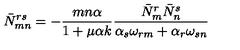
\bar { N } _ { m n } ^ { r s } = - { \frac { m n \alpha } { 1 + \mu \alpha k } } { \frac { \bar { N } _ { m } ^ { r } \bar { N } _ { n } ^ { s } } { \alpha _ { s } \omega _ { r m } + \alpha _ { r } \omega _ { s n } } }